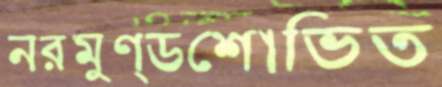
নরমুণ্ডশোভিত